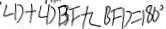
\angle D + \angle D B F + \angle B F D = 1 8 0 ^ { \circ }